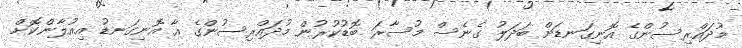
މުދައްރިސުންގެ އޮނިގަނޑަށް ބަދަލު ގެނެސް މުސާރަ ބޮޑުކުރުން މުދައްރިސުންގެ އާ އޮނިގަނޑު އިއުލާންކޮށް